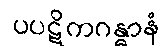
ပပဋိကဂန္ဓာနံ